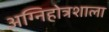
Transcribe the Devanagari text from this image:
अग्निहोत्रशाला